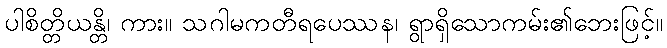
ပါစိတ္တိယန္တိ၊ ကား။ သဂါမကတီရပေဿန၊ ရွာရှိသောကမ်း၏ဘေးဖြင့်။